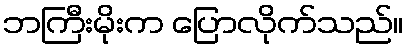
ဘကြီးမိုးက ပြောလိုက်သည်။